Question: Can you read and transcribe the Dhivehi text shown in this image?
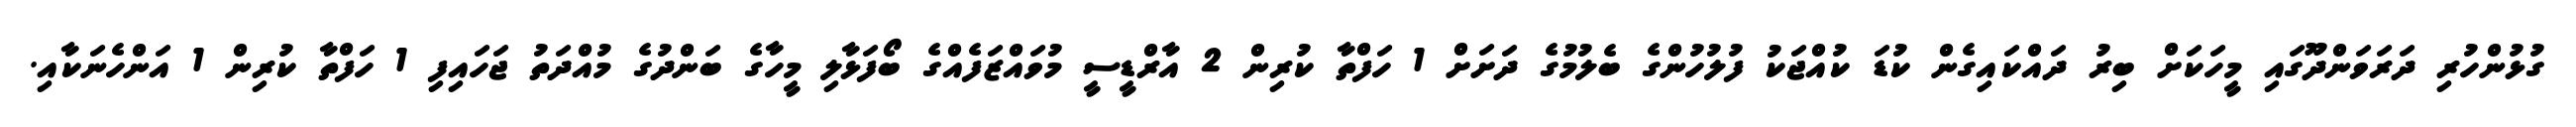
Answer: ގުޅުންހުރި ދަރަވަންދޫގައި މީހަކަށް ބިރު ދައްކައިގެން ކުޑަ ކުއްޖަކު ފުލުހުންގެ ބެލުމުގެ ދަށަށް 1 ހަފްތާ ކުރިން 2 އާރްޑީސީ މުވައްޒަފެއްގެ ބޯފަޅާލި މީހާގެ ބަންދުގެ މުއްދަތު ޖަހައިފި 1 ހަފްތާ ކުރިން 1 އަންހެނަކާއި.